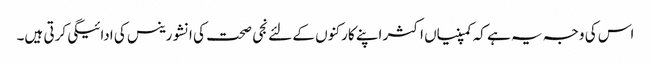
اس کی وجہ یہ ہے کہ کمپنیاں اکثر اپنے کارکنوں کے لئے نجی صحت کی انشورینس کی ادائیگی کرتی ہیں۔